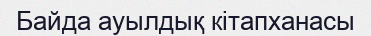
Байда ауылдық кітапханасы